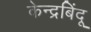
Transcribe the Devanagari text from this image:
केन्द्रबिंदू